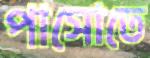
পাসোতে